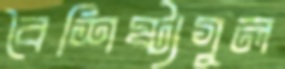
বৈশিষ্ট্যগুল